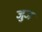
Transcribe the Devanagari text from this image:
जुज